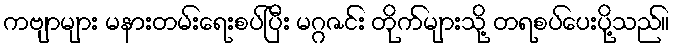
ကဗျာများ မနားတမ်းရေးစပ်ပြီး မဂ္ဂဇင်း တိုက်များသို့ တရစပ်ပေးပို့သည်။